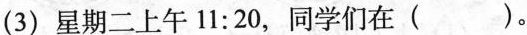
(3)星期二上午11:20，同学们在( )。